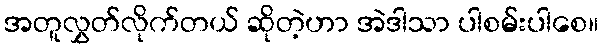
အတူလွှတ်လိုက်တယ် ဆိုတဲ့ဟာ အဲဒါသာ ပါစမ်းပါစေ။